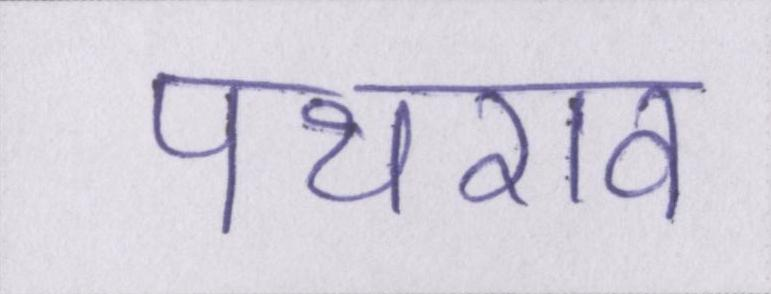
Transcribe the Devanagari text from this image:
पथराव